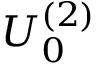
U _ { 0 } ^ { ( 2 ) }